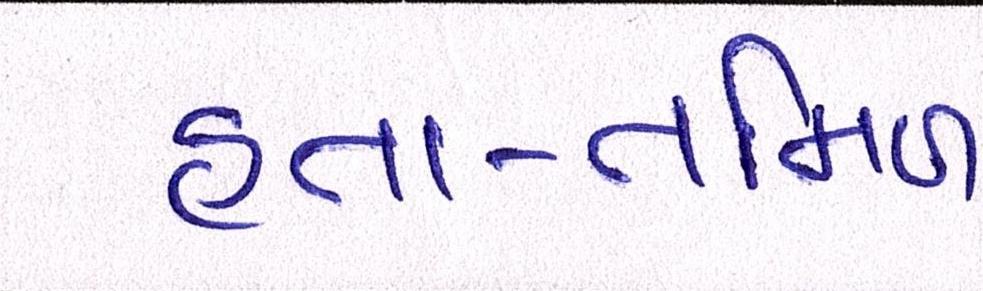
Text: હતા-તમિળ